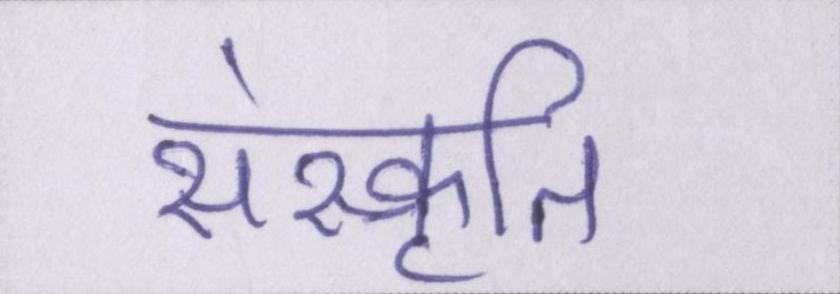
संस्कॄति